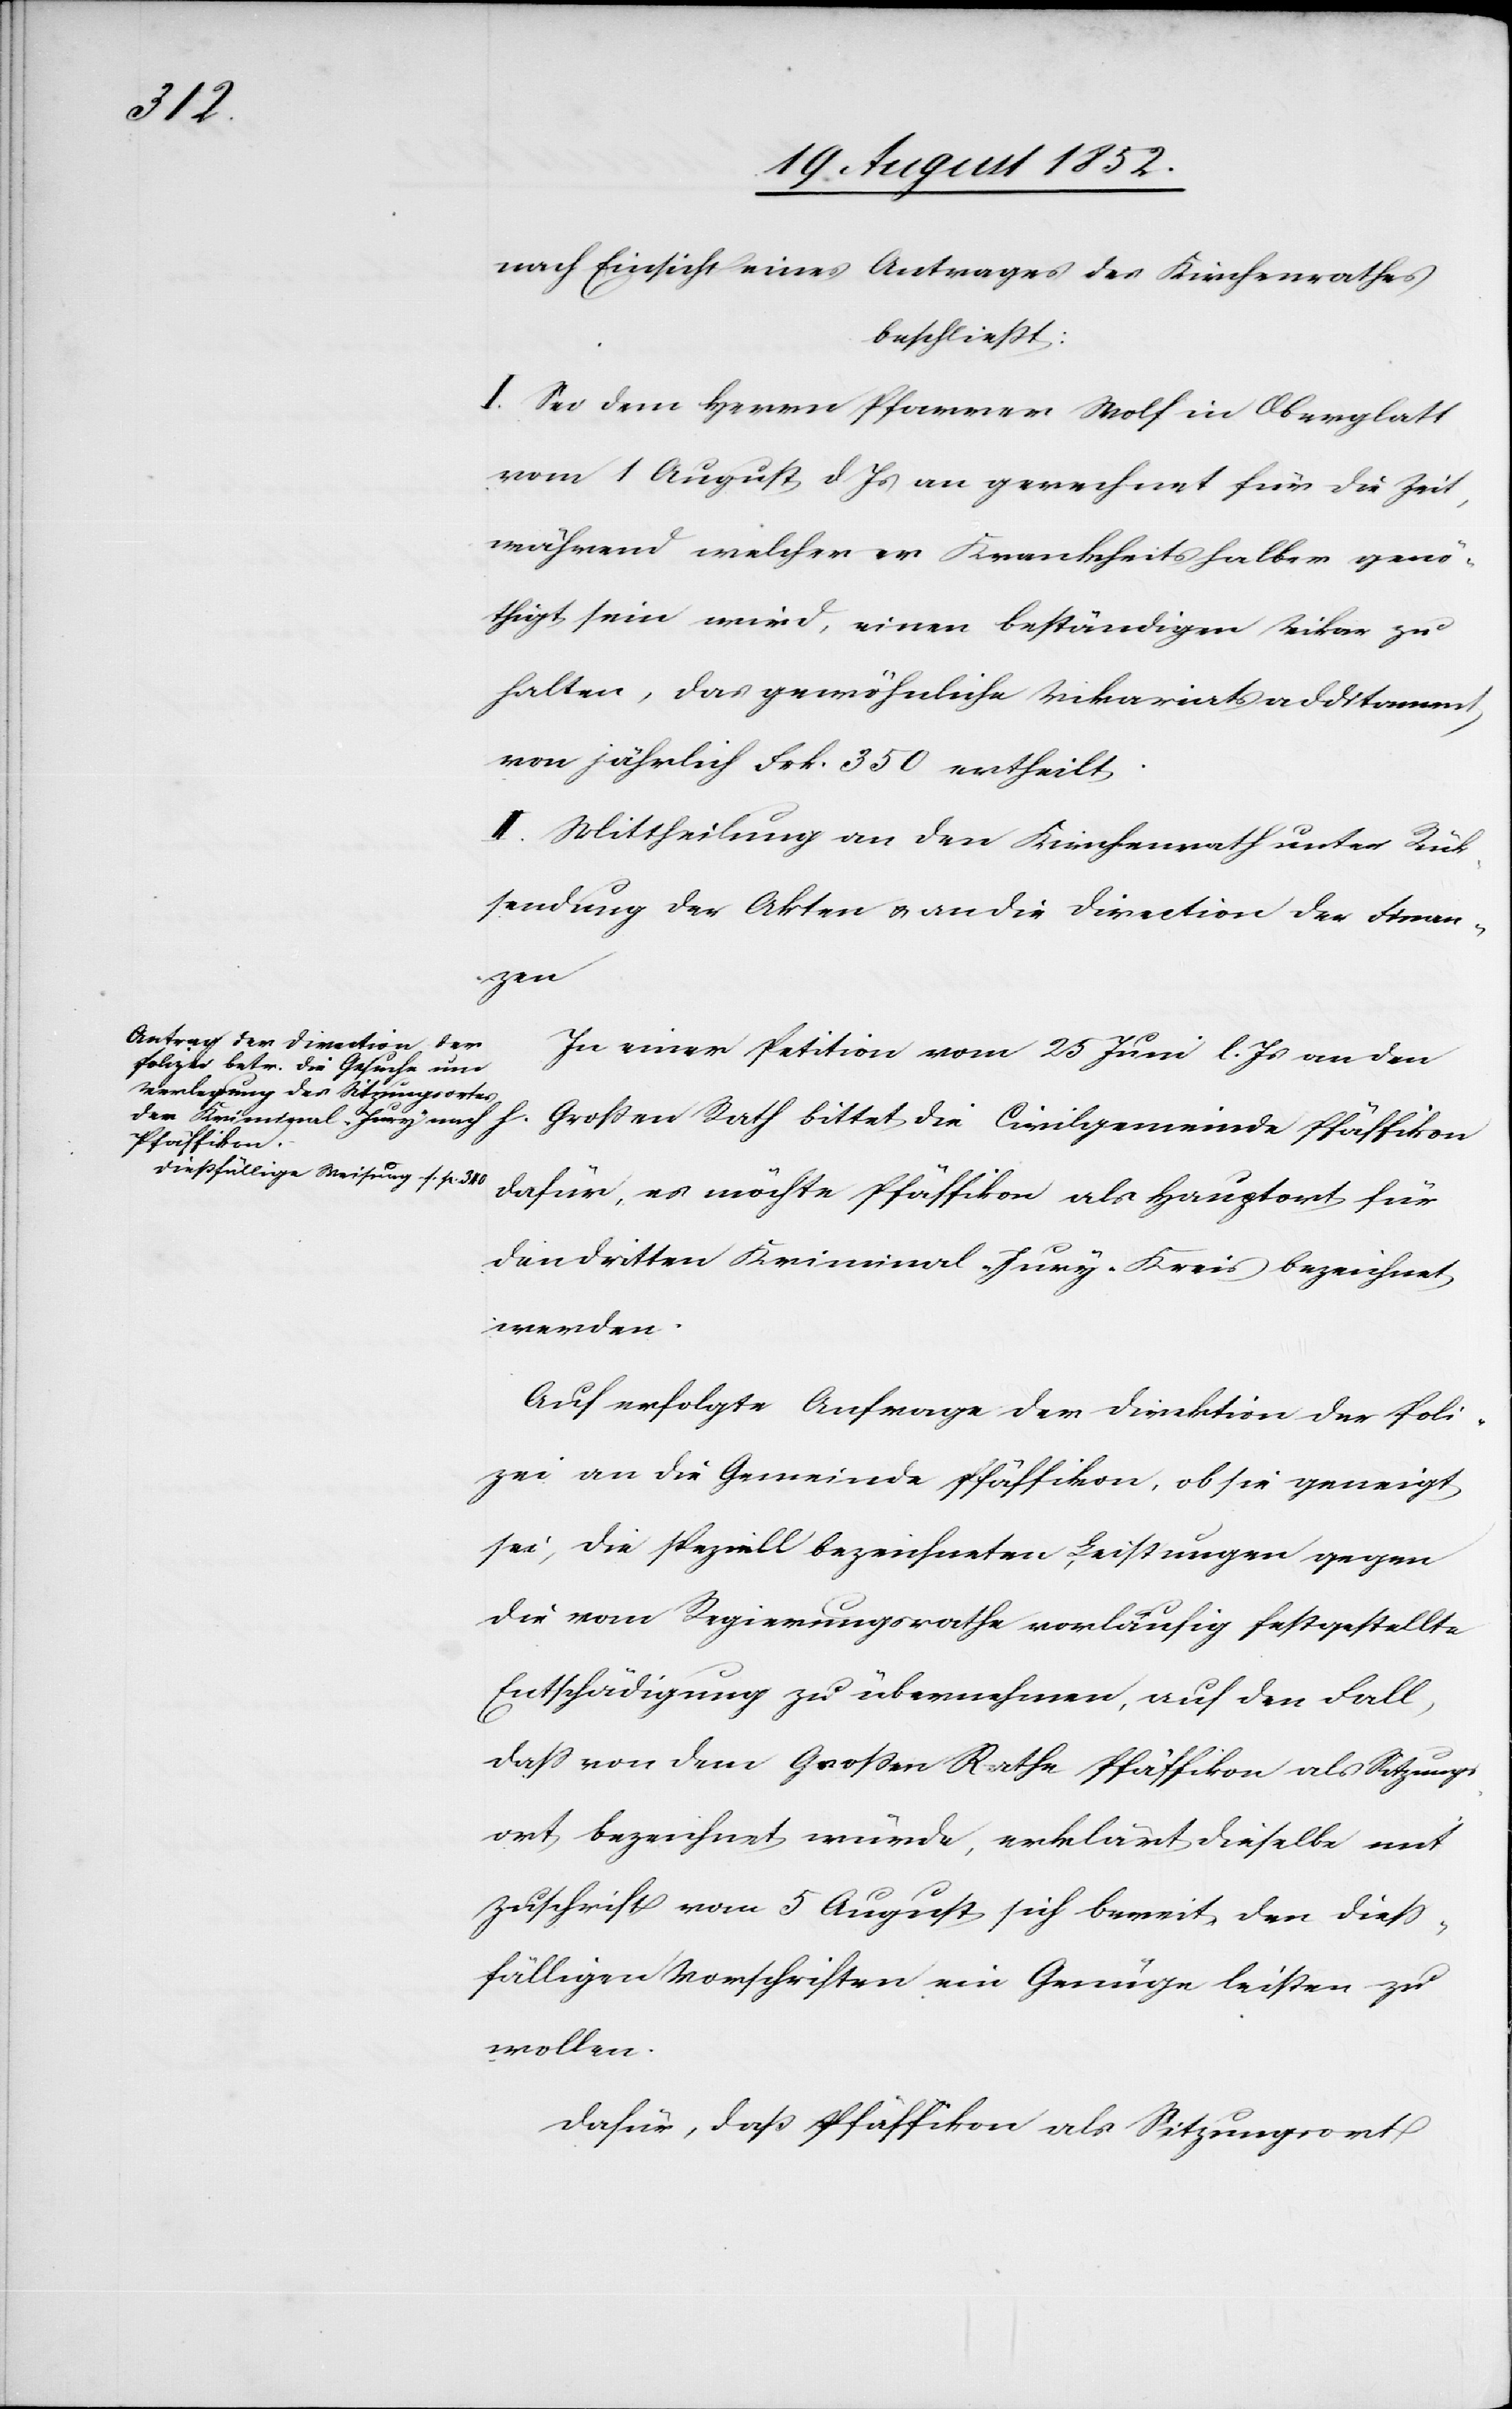
nach Einsicht eines Antrages des Kirchenrathes
beschließt:
I. Sei dem Herrn Pfarrer Wolf in Oberglatt
vom 1 August d Js an gerechnet für die Zeit,
während welcher er Krankheits halber genö¬
thigt sein wird, einen beständigen Vikar zu
halten, das gewöhnliche Vikariatsadditament
von jährlich Frk. 350 ertheilt.
II. Mittheilung an den Kirchenrath unter Rück¬
sendung der Akten & an die Direction der Finan¬
zen[.]
In einer Petition vom 25 Juni l. Js an den
Großen Rath bittet die Civilgemeinde Pfäffikon
a-Dießfällige Weisung s. p. 340-a
dafür, es möchte Pfäffikon als Hauptort für
den dritten Kriminal-Jury-Kreis bezeichnet
werden.
Auf erfolgte Anfrage der Direktion der Poli¬
zei an die Gemeinde Pfäffikon, ob sie geneigt
sei, die speziell bezeichneten Leistungen gegen
die vom Regierungsrathe vorläufig festgestellte
Entschädigung zu übernehmen, auf den Fall,
dass von dem Großen Rathe Pfäffikon als Sitzungs¬
ort bezeichnet würde, erklärt dieselbe mit
Zuschrift vom 5 August sich bereit, den dies¬
sfälligen Vorschriften ein Genüge leisten zu
wollen.
Dafür, daß Pfäffikon als Sitzungsort